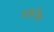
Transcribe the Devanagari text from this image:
मालीव